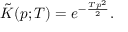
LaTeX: { \tilde { K } } ( p ; T ) = e ^ { - { \frac { T p ^ { 2 } } { 2 } } } .